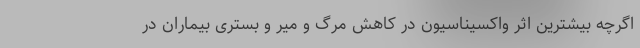
اگرچه بیشترین اثر واکسیناسیون در کاهش مرگ و میر و بستری بیماران در